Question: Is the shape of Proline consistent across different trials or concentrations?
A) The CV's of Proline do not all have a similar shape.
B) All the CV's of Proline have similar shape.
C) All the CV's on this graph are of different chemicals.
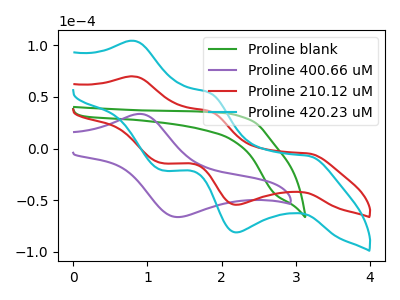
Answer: <think>The green curve "Proline blank" has no peaks. The purple curve "Proline 400.66 uM" has an anodic peak at (0.90V, 33.65uA) and a cathodic peak at (1.40V, -66.15uA). The red curve "Proline 210.12 uM" has anodic peaks at (0.80V, 69.95uA) (1.85V, 36.25uA) and cathodic peaks at (3.15V, -4.70uA) (2.20V, -54.30uA) (1.20V, -14.05uA). The cyan curve "Proline 420.23 uM" has anodic peaks at (0.80V, 104.35uA) (1.85V, 54.10uA) and cathodic peaks at (3.15V, -7.00uA) (2.20V, -81.05uA) (1.20V, -20.95uA).
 "Proline blank" and "Proline 400.66 uM" have a different number of peaks. "Proline blank" and "Proline 210.12 uM" have a different number of peaks. "Proline blank" and "Proline 420.23 uM" have a different number of peaks. "Proline 400.66 uM" and "Proline 210.12 uM" have a different number of peaks. "Proline 400.66 uM" and "Proline 420.23 uM" have a different number of peaks. All the peaks in "Proline 210.12 uM" have a peak in "Proline 420.23 uM" at the same potential. Every peak in "Proline 210.12 uM" is lower than every peak in "Proline 420.23 uM".</think>
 <answer>B) All the CV's of "Proline" have similar shape.</answer>
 <eval>B</eval>